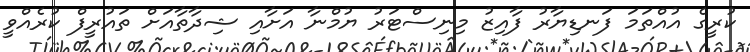
ކުރީގެ އުއްތަަމަ ފަނޑިޔާރު ފާއިޒު މިނިސްޓަރު ޔުމްނާ އަށާއި ޝިދާތާއަށް ތައުރީފް ކުރެއްވީ